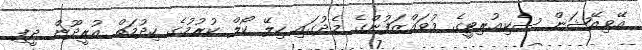
އޭވިއޭޝަން ސެކިއުރިޓީގެ މުވައްޒަފުންގެ މެދުގައި ހިލޭ ކޯލް ކުރުމުގެ ހިދުމަތް އުރީދޫން ދީފި